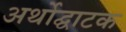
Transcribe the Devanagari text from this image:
अर्थोद्घाटक